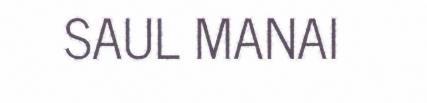
SAUL MANAI